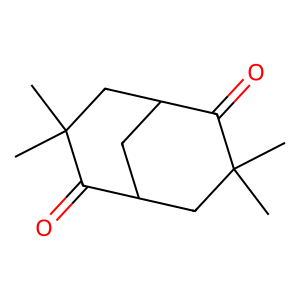
SMILES: CC1(C)CC2CC(CC(C)(C)C2=O)C1=O
Inhibits HIV replication: No